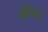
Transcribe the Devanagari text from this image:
तिरूत